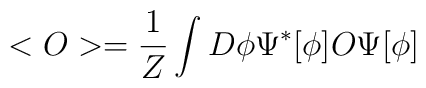
<O>=\frac{1}{Z}\int D\phi \Psi^*[\phi]O\Psi[\phi]